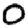
Digit: 0